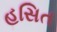
હસિત